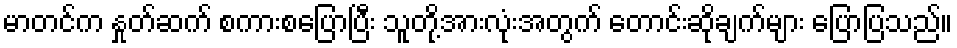
မာတင်က နှုတ်ဆက် စကားစပြောပြီး သူတို့အားလုံးအတွက် တောင်းဆိုချက်များ ပြောပြသည်။